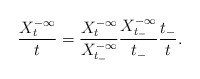
\begin{align*}\frac{X_t^{-\infty}}t = \frac{X_{t}^{-\infty}}{X_{t_-}^{-\infty}} \frac{X_{t_-}^{-\infty}}{t_-} \frac{t_-}{t}.\end{align*}